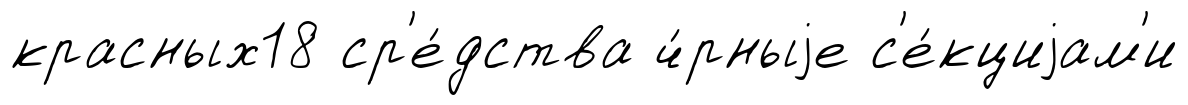
красных18 ср'е́дства ч́рныjе с'е́кциjам'и